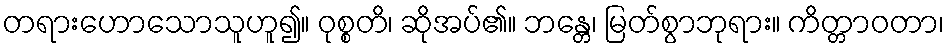
တရားဟောသောသူဟူ၍။ ဝုစ္စတိ၊ ဆိုအပ်၏။ ဘန္တေ၊ မြတ်စွာဘုရား။ ကိတ္တာဝတာ၊